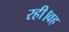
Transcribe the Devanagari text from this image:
रही।वह